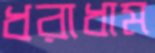
ধরাধাম